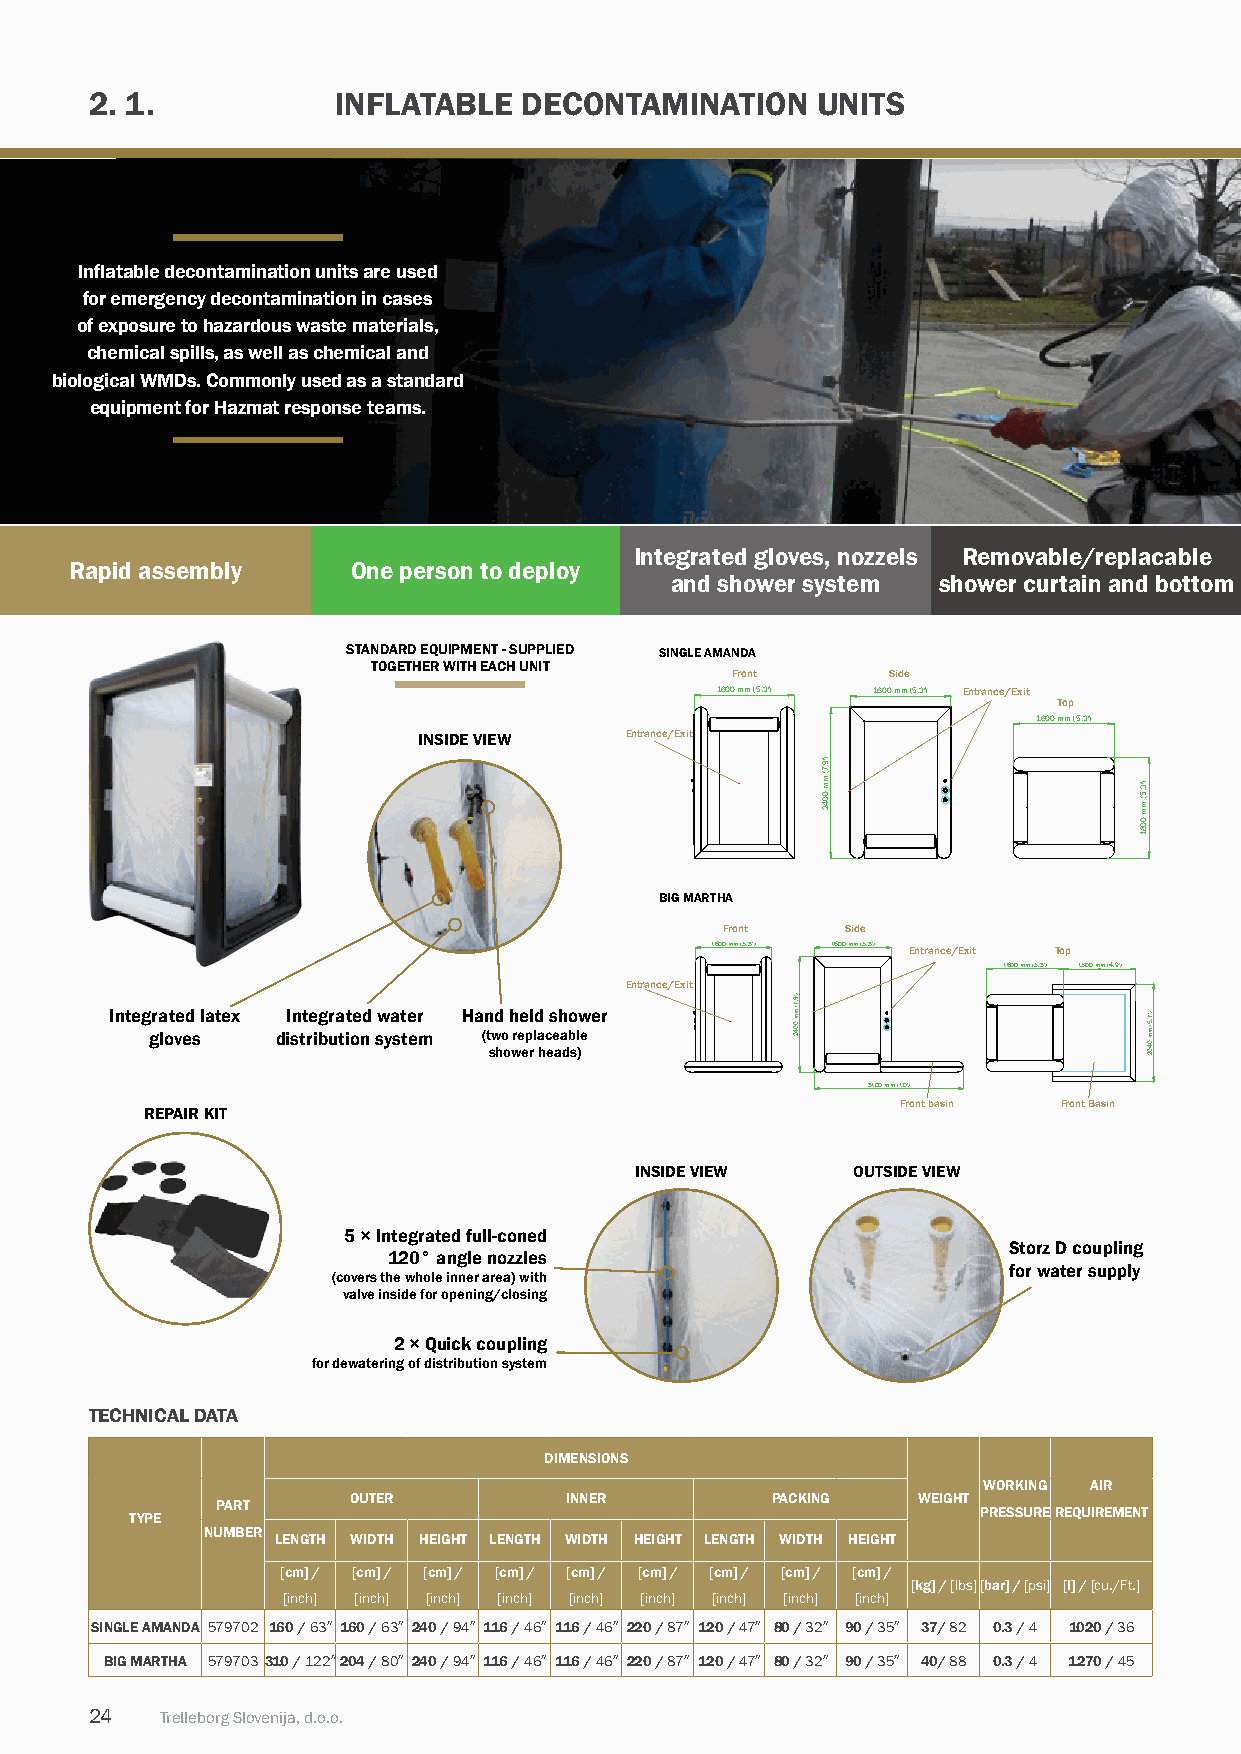
2. 1.           iNFLATABLE  DECONTAmiNATiON     uNiTS
 Inflatable decontamination units are used
 for emergency decontamination in cases
 of exposure to hazardous waste materials,
 chemical spills, as well as chemical and
 biological WMds. Commonly used as a standard
 equipment for Hazmat response teams.
 Integrated gloves, nozzels Removable/replacable
 Rapid assembly    One person to deploy
 and shower system shower curtain and bottom
 STAndARd EQuIPMEnT - SuPPLIEd SiNGLE AmANDA
 TOGETHER WiTH EACH uNiT
 Front      Side
 1600 mm (5.3′) 1600 mm (5.3′) Entrance/Exit
 Top
 1600 mm (5.3′)
 iNSiDE viEW  Entrance/Exit
 BiG mARTHA
 Front   Side
 1600 mm (5.3′) 1600 mm (5.3′) Entrance/Exit Top
 1600 mm (5.3′) 1500 mm (4.9′)
 Entrance/Exit
 integrated latex integrated water Hand held shower
 gloves  distribution system (two replaceable
 shower heads)
 3100 mm (10′)
 Front basin Front Basin
 REPAIR KIT
 iNSiDE viEW   OuTSiDE viEW
 5 × Integrated full-coned
 Storz D coupling
 120° angle nozzles
 for water supply
 (covers the whole inner area) with
 valve inside for opening/closing
 2 × quick coupling
 for dewatering of distribution system
 TECHNiCAL DATA
 DimENSiONS
 WORKInG AiR
 OuTER         iNNER         PACKInG   WEiGHT
 pART
 pRESSuREREquiREmENT
 TYpE
 NumBER
 LENGTH WiDTH HEiGHT LENGTH WiDTH HEiGHT LENGTH WiDTH HEiGHT
 [cm] / [cm] / [cm] / [cm] / [cm] / [cm] / [cm] / [cm] / [cm] /
 [kg] / [lbs][bar] / [psi] [l] / [cu./Ft.]
 [inch] [inch] [inch] [inch] [inch] [inch] [inch] [inch] [inch]
 SiNGLE AmANDA 579702 160 / 63″ 160 / 63″ 240 / 94″ 116 / 46″ 116 / 46″ 220 / 87″ 120 / 47″ 80 / 32″ 90 / 35″ 37/ 82 0.3 / 4 1020 / 36
 BiG mARTHA 579703 310 / 122″204 / 80″ 240 / 94″ 116 / 46″ 116 / 46″ 220 / 87″ 120 / 47″ 80 / 32″ 90 / 35″ 40/ 88 0.3 / 4 1270 / 45
 24   Trelleborg Slovenija, d.o.o.
 )′9.7(
 mm
 0042
 )′9.7(
 mm
 0042     Leafield
 )′3.5(
 mm
 0061
 )′7.6(
 mm
 0402